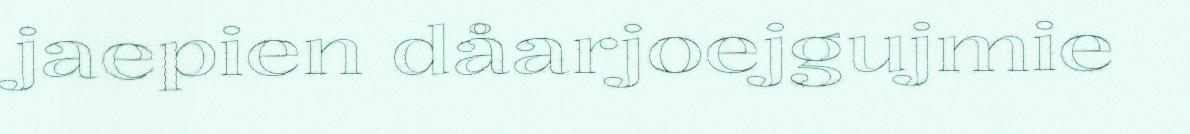
jaepien dåarjoejgujmie